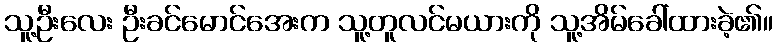
သူ့ဦးလေး ဦးခင်မောင်အေးက သူ့တူလင်မယားကို သူ့အိမ်ခေါ်ထားခဲ့၏။